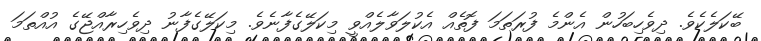
ބޭކަލެކެވެ. ދިވެހިބަހުން އެންމެ ފުރަތަމަ ފޮތެއް އެކުލަވާލެއްވީ މިކަލޭގެފާނެވެ. މިކަލޭގެފާނު ދިވެހިރާއްޖޭގެ އުއްތަމަ